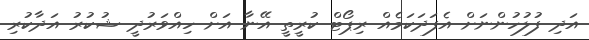
އަދި ފުލުހުންނަށް އެފަދަކަމެއް ރިޕޯޓް ކުރީތީ އޭނާ އަށް ހިއްވަރުދީ ޝުކުރު އަދާކުރި